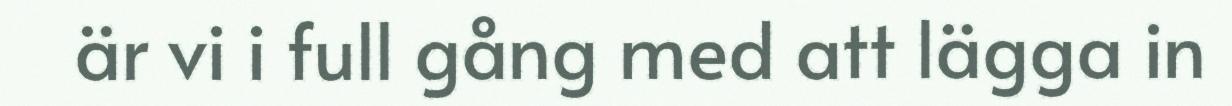
är vi i full gång med att lägga in